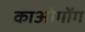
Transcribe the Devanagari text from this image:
काओगोंग